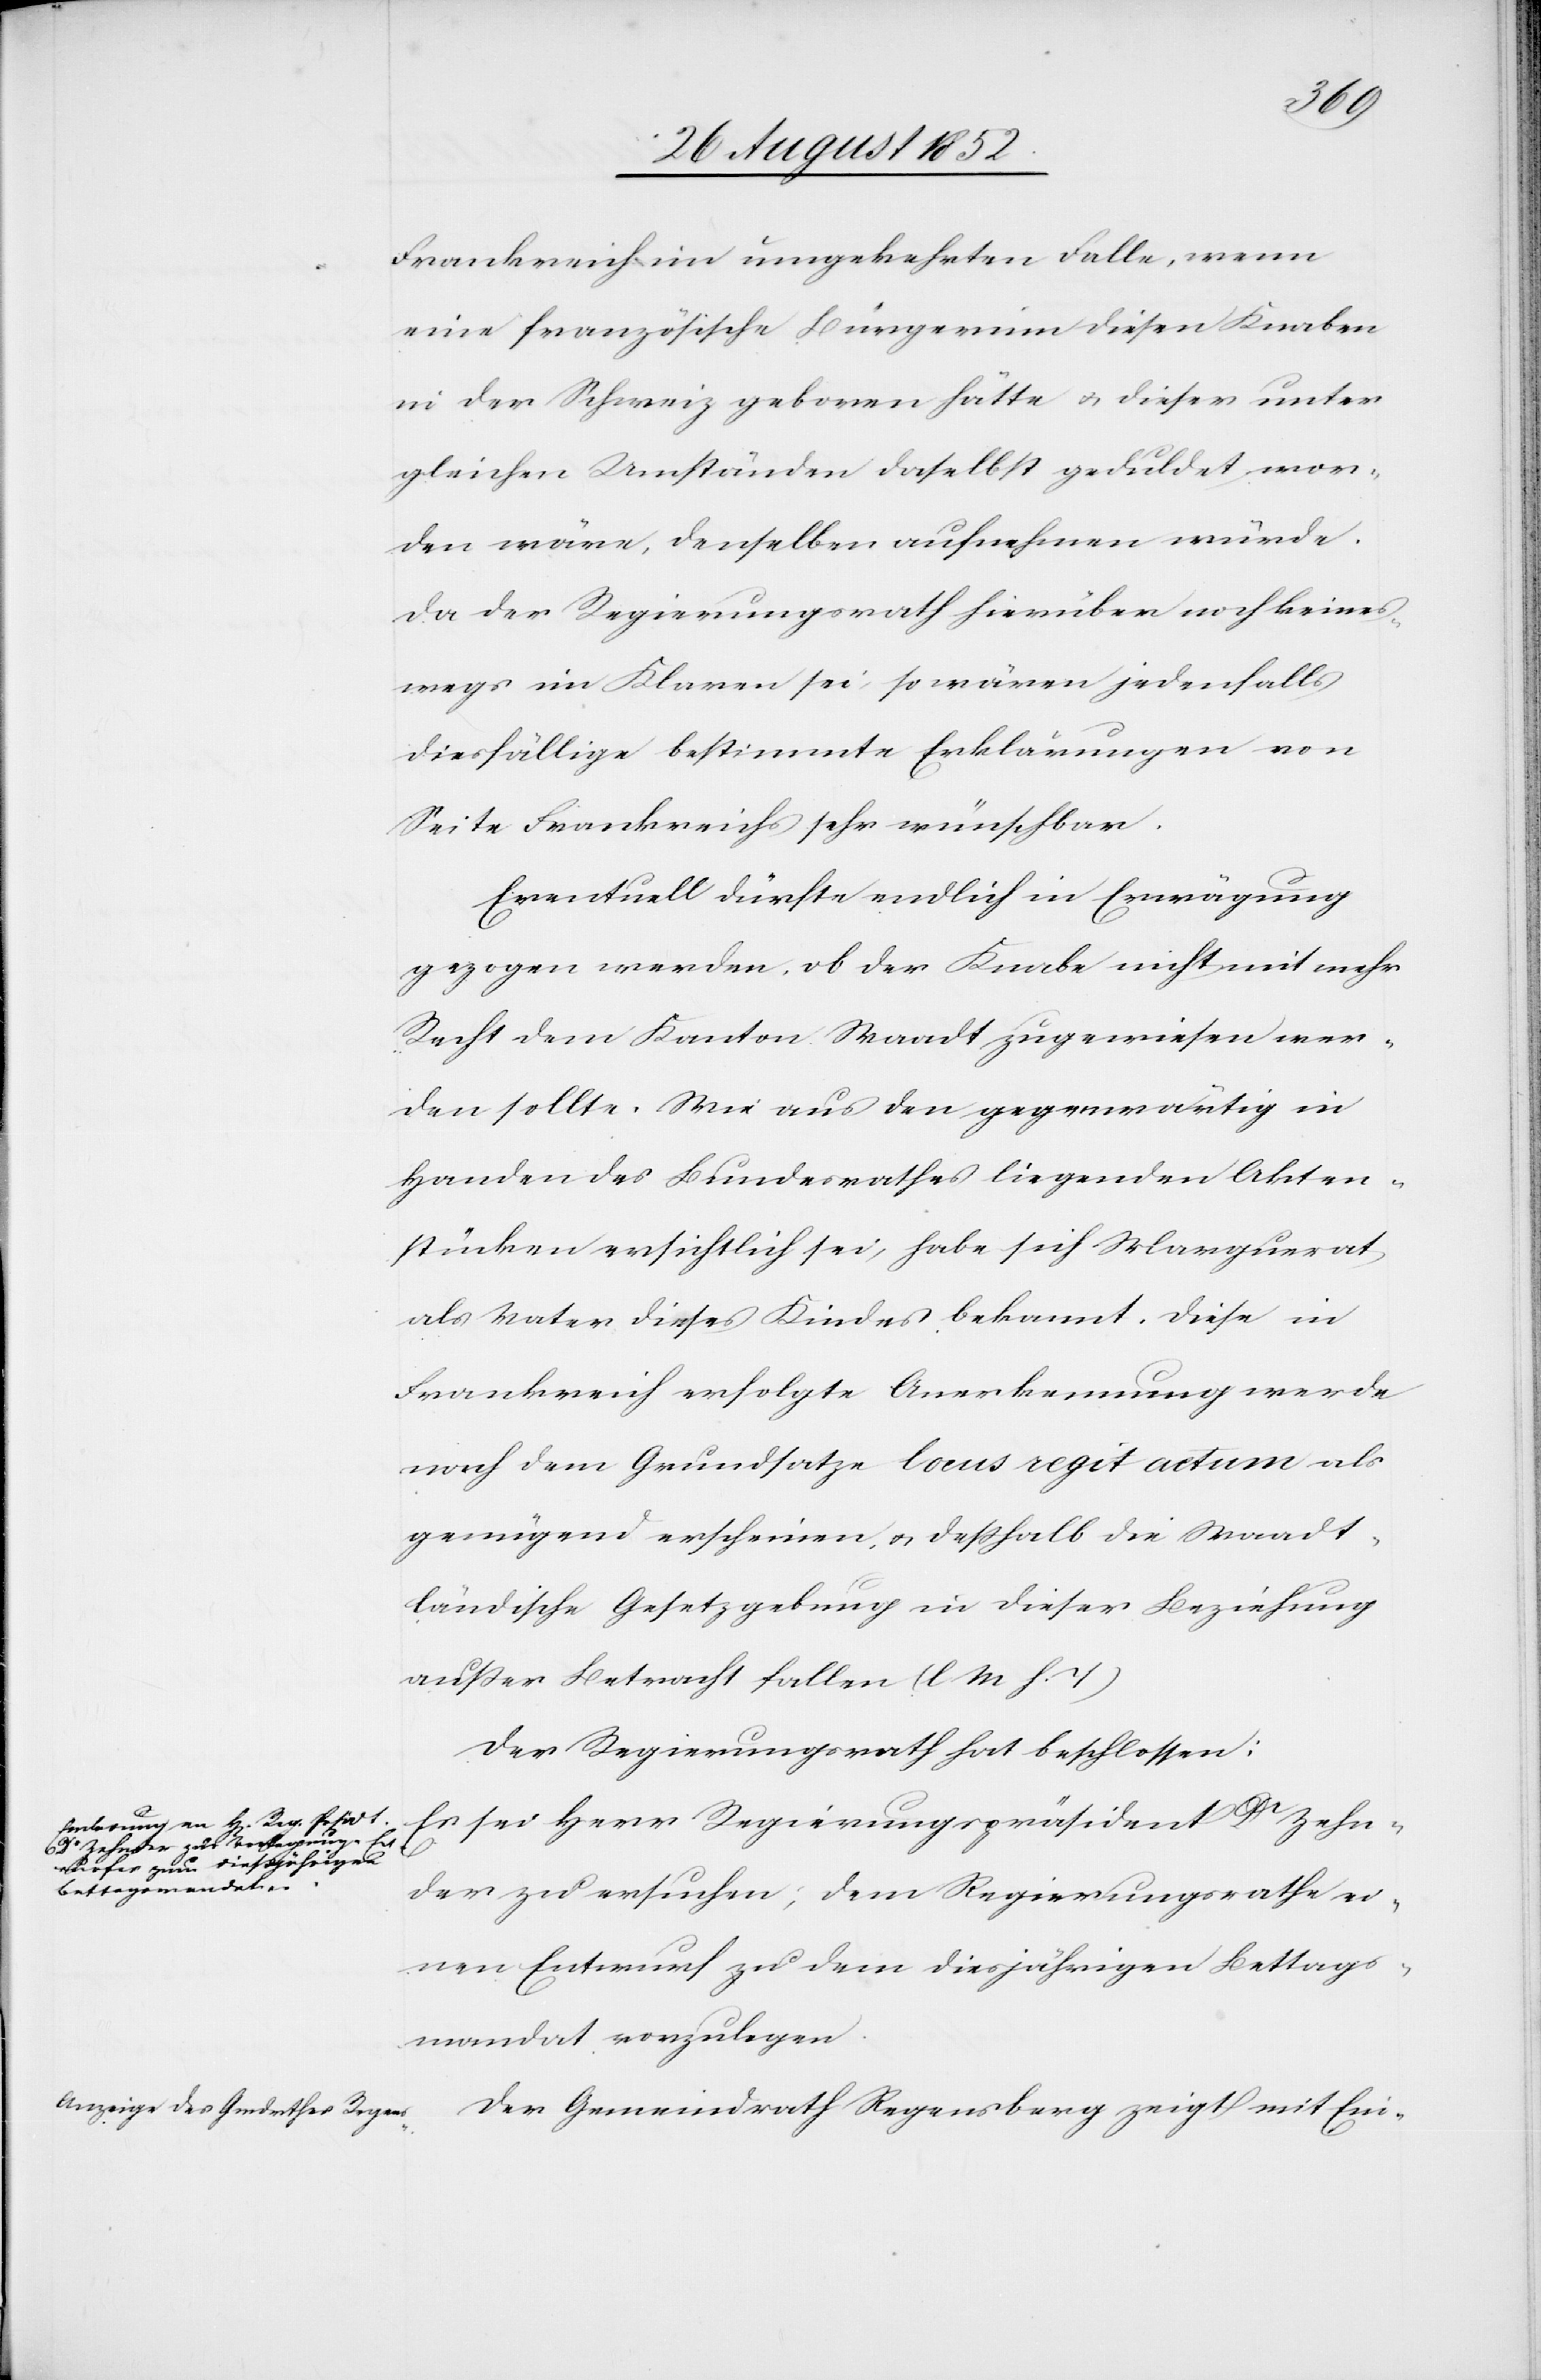
Frankreich im umgekehrten Falle, wenn
eine französische Bürgerinn diesen Knaben
in der Schweiz geboren hätte & dieser unter
gleichen Umständen daselbst geduldet wor¬
den wäre, denselben aufnehmen würde.
Da der Regierungsrath hierüber noch keines¬
wegs im Klaren sei, so wären jedenfalls
diesfällige bestimmte Erklärungen von
Seite Frankreichs sehr wünschbar.
Eventuell dürfte endlich in Erwägung
gezogen werden, ob der Knabe nicht mit mehr
Recht dem Kanton Waadt zugewiesen wer¬
den sollte. Wie aus den gegenwärtig in
Handen des Bundesrathes liegenden Akten¬
stücken ersichtlich sei, habe sich Marguerat
als Vater dieses Kindes bekannt. Diese in
Frankreich erfolgte Anerkennung werde
nach dem Grundsatze locus regit actum als
genügend erscheinen, & deßhalb die Waadt¬
ländische Gesetzgebung in dieser Beziehung
außer Betracht fallen (l M h. T)[.]
Der Regierungsrath hat beschlossen:
Es sei Herr Regierungspräsident Dr Zehn¬
der zu ersuchen, dem Regierungsrathe ei¬
nen Entwurf zu dem diesjährigen Bettags¬
mandat vorzulegen.
Der Gemeindrath Regensberg zeigt mit Ein-